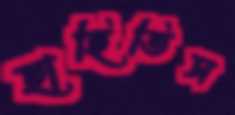
ছাহিতিস